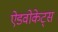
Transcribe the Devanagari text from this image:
ऐडवोकेट्स